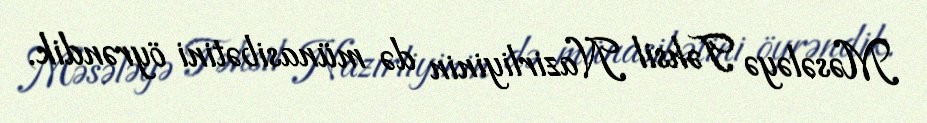
Məsələyə Təhsil Nazirliyinin də münasibətini öyrəndik.